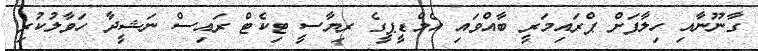
ގާނޫނާއި ހިލާފަށް ޕްރައިމަރީ ބާއްވައި އެމްޑީޕީގެ ރިޔާސީ ޓިކެޓް ރައިސް ނަޝީދާ ހަވާލުކުރި